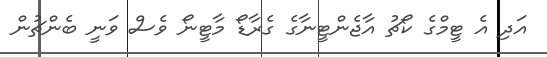
އަދި އެ ޓީމްގެ ކޯޗު އާޖެންޓީނާގެ ގެރާޑޯ މާޓީނޯ ވެސް ވަނީ ބެންޗުން